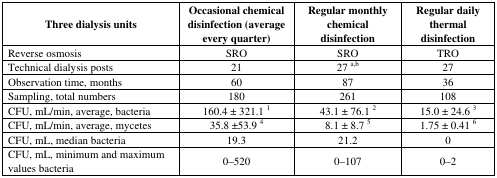
| Three dialysis units | Occasional chemical disinfection (average every quarter) | Regular monthly chemical disinfection | Regular daily thermal disinfection |
 | --- | --- | --- | --- |
 | Reverse osmosis | SRO | SRO | TRO |
 | Technical dialysis posts | 21 | 27 a,b | 27 |
 | Observation time, months | 60 | 87 | 36 |
 | Sampling, total numbers | 180 | 261 | 108 |
 | CFU, mL/min, average, bacteria | 160.4 ± 321.1 1 | 43.1 ± 76.1 2 | 15.0 ± 24.6 3 |
 | CFU, mL/min, average, mycetes | 35.8 ±53.9 4 | 8.1 ± 8.7 5 | 1.75 ± 0.41 6 |
 | CFU, mL, median bacteria | 19.3 | 21.2 | 0 |
 | CFU, mL, minimum and maximum values bacteria | 0–520 | 0–107 | 0–2 |